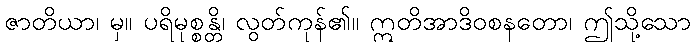
ဇာတိယာ၊ မှ။ ပရိမုစ္စန္တိ၊ လွတ်ကုန်၏။ ဣတိအာဒိဝစနတော၊ ဤသို့သော